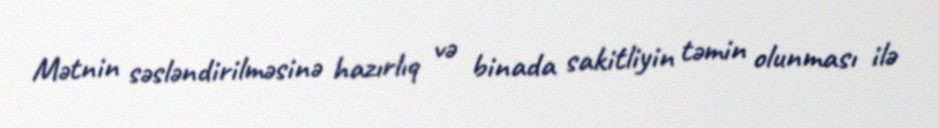
Mətnin səsləndirilməsinə hazırlıq və binada sakitliyin təmin olunması ilə